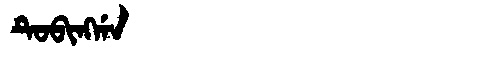
Manchu: ᡨᡠᠪᡳᠩᡤᠠ
Romanization: TUBINGGA